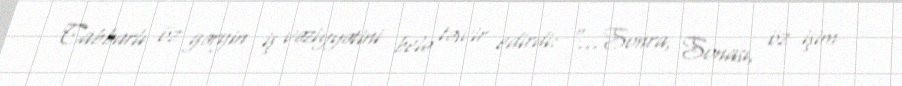
Cabbarlı öz gərgin iş vəziyyətini belə təsvir edirdi: "…Sonra, Sonası, öz işim